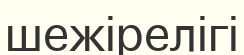
шежірелігі